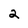
Character: 2